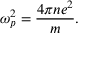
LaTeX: \omega _ { p } ^ { 2 } = { \frac { 4 \pi n e ^ { 2 } } { m } } .